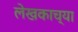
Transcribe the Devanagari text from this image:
लेखकाच्‍या